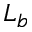
L _ { b }